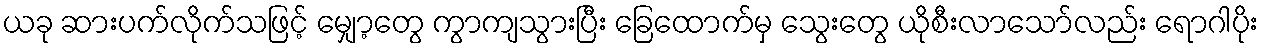
ယခု ဆားပက်လိုက်သဖြင့် မျှော့တွေ ကွာကျသွားပြီး ခြေထောက်မှ သွေးတွေ ယိုစီးလာသော်လည်း ရောဂါပိုး